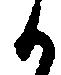
か